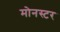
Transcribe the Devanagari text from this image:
मोनस्टर